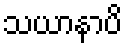
သယာနာပိ